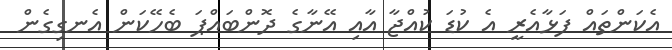
އެކަންތައް ފަޅާއެރީ އެ ކުޑަ ކުއްޖާ އާއި އޭނާގެ ދޮންބައްޕަ ބެހޭކަން އެނގިގެން